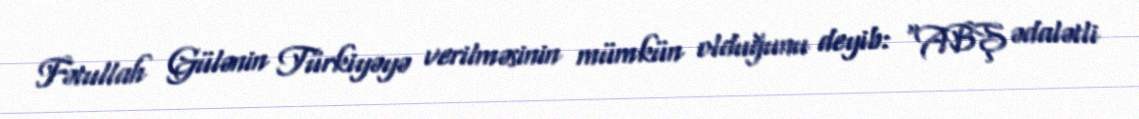
Fətullah Gülənin Türkiyəyə verilməsinin mümkün olduğunu deyib: “ABŞ ədalətli